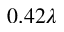
0 . 4 2 \lambda